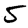
Digit: 5